Leprosy in India: report of the Leprosy Commission in India, 1890-91
Year: 1890
Disease focus: Leprosy
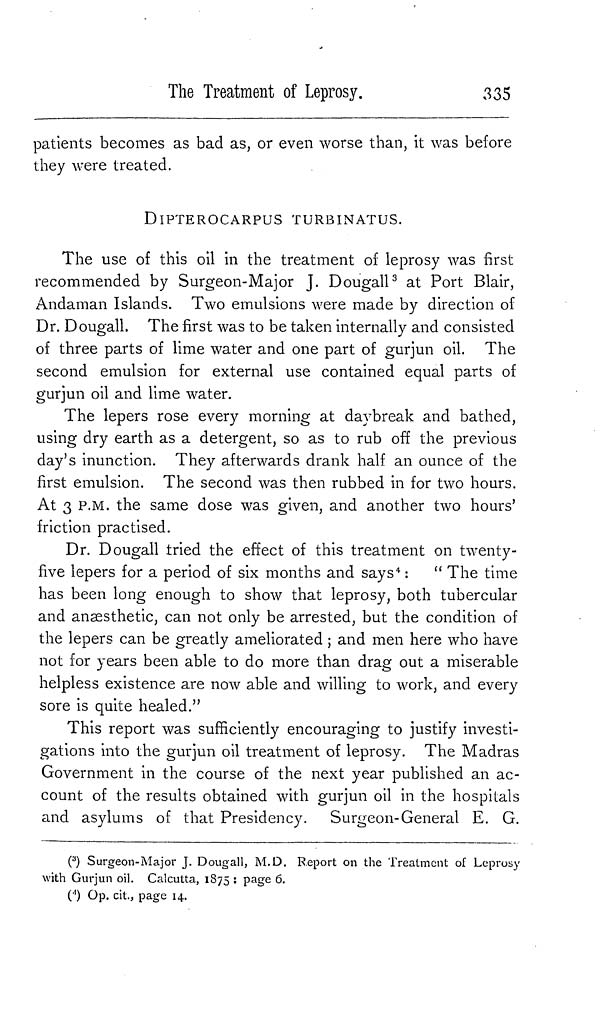
The Treatment of Leprosy.
335
patients becomes as bad as, or even worse than, it was before
they were treated.
DIPTEROCARPUS TURBINATUS.
The use of this oil in the treatment of leprosy was first
recommended by Surgeon-Major J. Dougall 3 at Port Blair,
Andaman Islands. Two emulsions were made by direction of
Dr. Dougall. The first was to be taken internally and consisted
of three parts of lime water and one part of gurjun oil. The
second emulsion for external use contained equal parts of
gurjun oil and lime water.
The lepers rose every morning at daybreak and bathed,
using dry earth as a detergent, so as to rub off the previous
day's inunction. They afterwards drank half an ounce of the
first emulsion. The second was then rubbed in for two hours.
At 3 P.M. the same dose was given, and another two hours'
friction practised.
Dr. Dougall tried the effect of this treatment on twenty-
five lepers for a period of six months and says 4 : " The time
has been long enough to show that leprosy, both tubercular
and anaesthetic, can not only be arrested, but the condition of
the lepers can be greatly ameliorated ; and men here who have
not for years been able to do more than drag out a miserable
helpless existence are now able and willing to work, and every
sore is quite healed."
This report was sufficiently encouraging to justify investi-
gations into the gurjun oil treatment of leprosy. The Madras
Government in the course of the next year published an ac-
count of the results obtained with gurjun oil in the hospitals
and asylums of that Presidency. Surgeon-General E. G.
( 3 ) Surgeon-Major J. Dougall, M.D. Report on the Treatment of Leprosy
with Gurjun oil. Calcutta, 1875 ; page 6.
( 4 ) Op. cit., page 14.